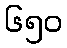
၆၅၀